Epidemic dropsy in Calcutta - Number 49
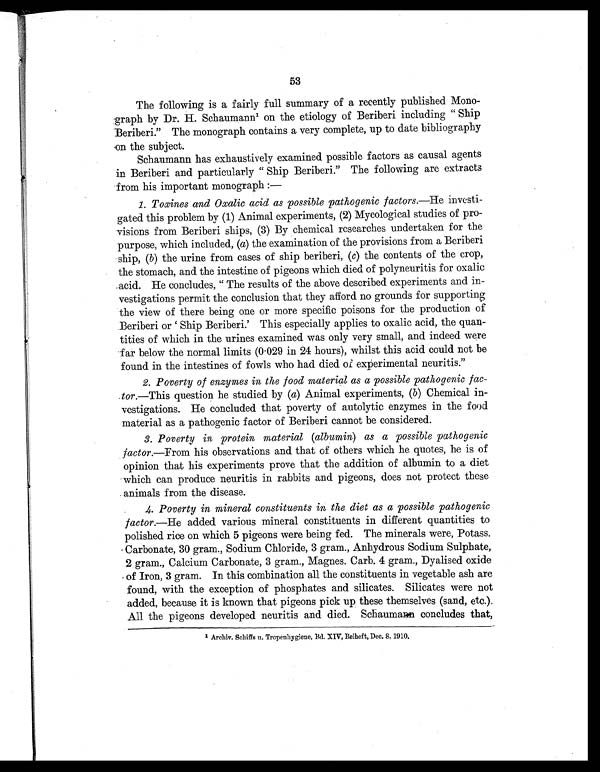
53
The following is a fairly full summary of a recently published Mono
-graph by Dr. H. Schaumann1 on the etiology of Beriberi including " Ship
Beriberi." The monograph contains a very complete, up to date bibliography
on the subject.
Schaumann has exhaustively examined possible factors as causal agents
in Beriberi and particularly " Ship Beriberi." The following are extracts
from his important monograph:
—
1.
Toxines and Oxalic acid as possible pathogenic factors .—He investi
-gated this problem by (1) Animal experiments, (2) Mycological studies of pro
-visions from Beriberi ships, (3) By chemical researches undertaken for the
purpose, which included, (a) the examination of the provisions from a Beriberi
ship, (b) the urine from cases of ship beriberi, (c) the contents of the crop,
the stomach, and the intestine of pigeons which died of polyneuritis for oxalic
acid. He concludes, " The results of the above described experiments and in
-vestigations permit the conclusion that they afford no grounds for supporting
the view of there being one or more specific poisons for the production of
Beriberi or 'Ship Beriberi.' This especially applies to oxalic acid, the quan
-tities of which in the urines examined was only very small, and indeed were
far below the normal limits (0.029 in 24 hours), whilst this acid could not be
found in the intestines of fowls who had died of experimental neuritis."
2. Poverty of enzymes in the food material as a possible pathogenic fac
-.tor .—This question he studied by (a) Animal experiments, (b) Chemical in
-vestigations. He concluded that poverty of autolytic enzymes in the food
material as a pathogenic factor of Beriberi cannot be considered.
3. Poverty in protein material (albumin) as a possible pathogenic
factor.—From his observations and that of others which he quotes, he is of
opinion that his experiments prove that the addition of albumin to a diet
which can produce neuritis in rabbits and pigeons, does not protect these
animals from the disease.
4. Poverty in mineral constituents in the diet as a possible pathogenic
factor .—He added various mineral constituents in different quantities to
polished rice on which 5 pigeons were being fed. The minerals were, Potass.
Carbonate, 30 gram., Sodium Chloride, 3 gram., Anhydrous Sodium Sulphate,
2 gram., Calcium Carbonate, 3 gram., Magnes. Carb. 4 gram., Dyalised oxide
of Iron, 3 gram. In this combination all the constituents in vegetable ash are
found, with the exception of phosphates and silicates. Silicates were not
added, because it is known that pigeons pick up these themselves (sand, etc.).
All the pigeons developed neuritis and died. Schaumann concludes that,
1 A r c h i v . S c h i f f s u . T r o p e n h y g i e n e , B d . X I V , B e i h e f t , D e c . 8 , 1 9 1 0 .